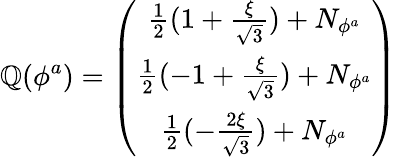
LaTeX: \mathbb{Q}(\phi^{a})=\left(\begin{array}{c}{{\frac{1}{2}(1+\frac{\xi}{\sqrt 3})+N_{\phi^{a}}}}\\ {{\frac{1}{2}(-1+\frac{\xi}{\sqrt 3})+N_{\phi^{a}}}}\\ {{\frac{1}{2}(-\frac{2\xi}{\sqrt 3})+N_{\phi^{a}}}}\end{array}\right)